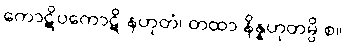
ကောဋိပကောဋိ နဟုတံ၊ တထာ နိန္နဟုတမ္ပိ စ။